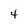
Character: 4